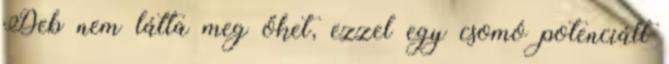
Deb nem látta meg őket, ezzel egy csomó potenciált